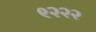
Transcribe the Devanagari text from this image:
९२२२